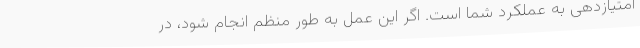
امتیازدهی به عملکرد شما است. اگر این عمل به طور منظم انجام شود، در